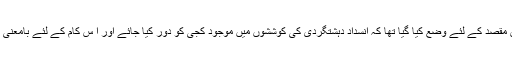
نیشنل ایکشن پلان (نیپ)کو اس مقصد کے لئے وضع کیا گیا تھا کہ انسداد دہشتگردی کی کوششوں میں موجود کجی کو دور کیا جائے اور ا س کام کے لئے بامعنی اصول و ضوابط بنائے جائیں ۔